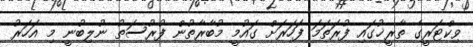
ވިކްޓަރީގެ ތާރީޚުގައި ފުރަތަމަ ފަހަރަށް ގައުމީ މުބާރާތުން ފުރުސަތު ނުލިބުނީ މި އަހަރު